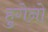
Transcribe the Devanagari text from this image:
हुगेनो